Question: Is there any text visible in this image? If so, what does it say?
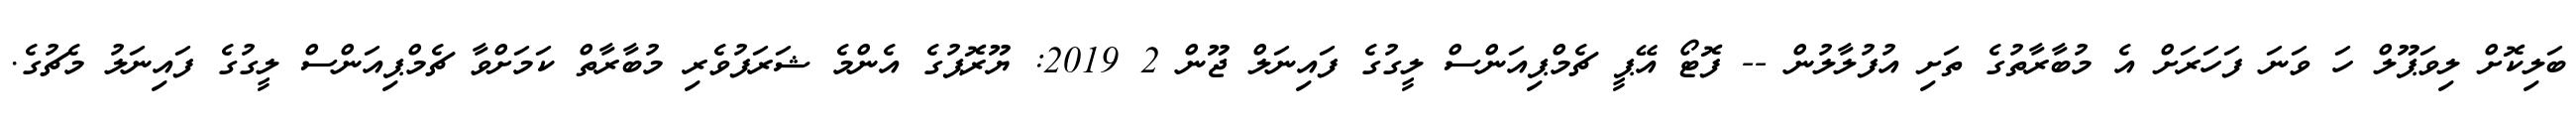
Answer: ބަލިކޮށް ލިވަޕޫލް ހަ ވަނަ ފަހަރަށް އެ މުބާރާތުގެ ތަށި އުފުލާލުން -- ފޮޓޯ އޭޕީ ޗެމްޕިއަންސް ލީގުގެ ފައިނަލް ޖޫން 2 2019: ޔޫރޮޕުގެ އެންމެ ޝަރަފުވެރި މުބާރާތް ކަމަށްވާ ޗެމްޕިއަންސް ލީގުގެ ފައިނަލު މެޗުގެ.